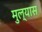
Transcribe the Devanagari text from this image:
मुल्यास